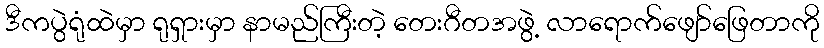
ဒီကပွဲရုံထဲမှာ ရုရှားမှာ နာမည်ကြီးတဲ့ တေးဂီတအဖွဲ့ လာရောက်ဖျော်ဖြေတာကို